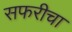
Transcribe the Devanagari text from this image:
सफरीचा